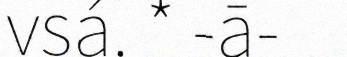
vsá. * -ā-